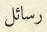
رسائل